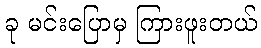
ခု မင်းပြောမှ ကြားဖူးတယ်